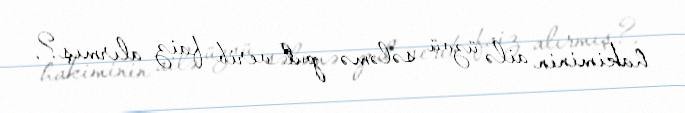
hakiminin ailə üzvü sələmə pul verib faiz alırmış?.